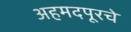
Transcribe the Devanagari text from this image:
अहमदपूरचे